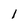
Character: 1